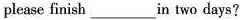
please finish ___ in two days?